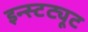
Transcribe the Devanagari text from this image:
इन्स्टट्यूट